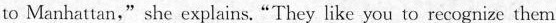
to Manhattan,"she explains. "They like you to recognizc them